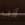
أنت